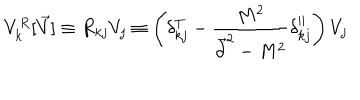
LaTeX: V _ { k } ^ { R } [ \vec { V } ] \equiv R _ { k j } V _ { j } \equiv \left( \delta _ { k j } ^ { T } - { \frac { M ^ { 2 } } { \vec { \partial } ^ { 2 } - M ^ { 2 } } } \delta _ { k j } ^ { | | } \right) V _ { j }